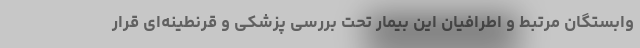
وابستگان مرتبط و اطرافیان این بیمار تحت بررسی پزشکی و قرنطینه‌ای قرار